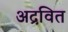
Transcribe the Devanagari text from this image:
अद्रवित